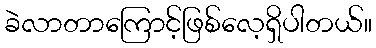
ခဲလာတာကြောင့်ဖြစ်လေ့ရှိပါတယ်။